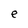
Character: e